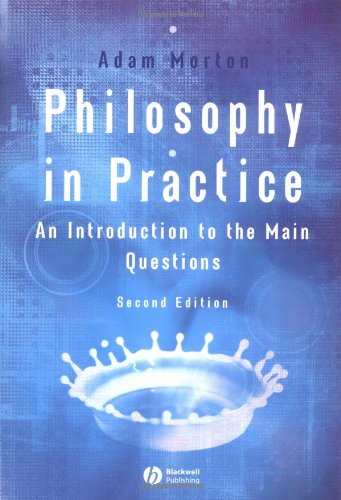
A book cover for Philosophy in Practice: An Introduction to the Main Questions; Adam Morton; Politics & Social Sciences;